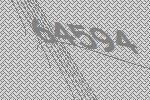
64594